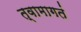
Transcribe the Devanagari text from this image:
त्वामागतं